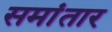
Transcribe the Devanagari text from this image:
समांतार